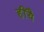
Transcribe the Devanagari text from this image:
हींयै